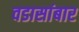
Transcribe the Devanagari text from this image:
वडासांबार